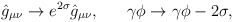
\begin{align*}\hat{g}_{\mu\nu}\to e^{2\sigma}\hat{g}_{\mu\nu},\ \ \ \ \ \gamma\phi\to \gamma\phi-2\sigma,\end{align*}